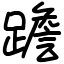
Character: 䠨